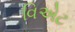
વિએટ